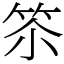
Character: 䇣